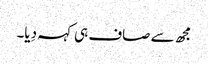
مجھ سے صاف ہی کہہ دِیا۔